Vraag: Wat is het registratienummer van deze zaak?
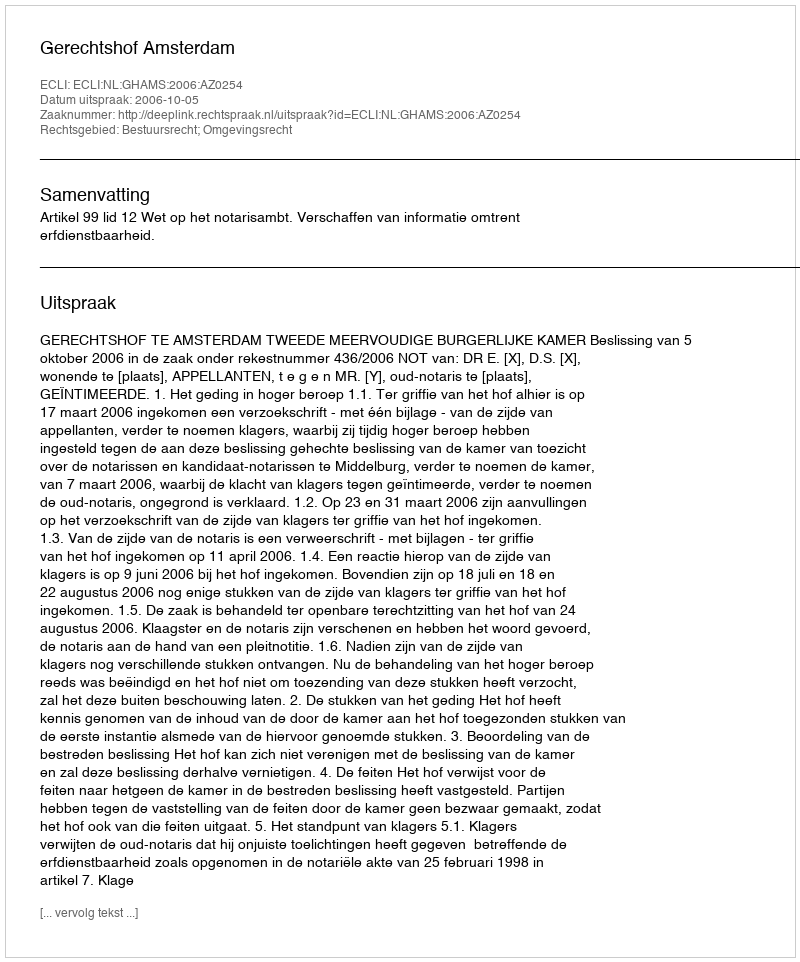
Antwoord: http://deeplink.rechtspraak.nl/uitspraak?id=ECLI:NL:GHAMS:2006:AZ0254